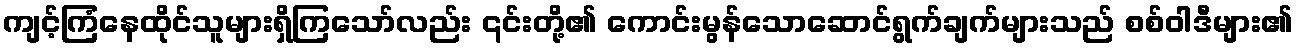
ကျင့်ကြံနေထိုင်သူများရှိကြသော်လည်း ၎င်းတို့၏ ကောင်းမွန်သောဆောင်ရွက်ချက်များသည် စစ်ဝါဒီများ၏